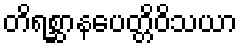
တိရစ္ဆာနပေတ္တိဝိသယာ